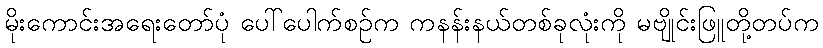
မိုးကောင်းအရေးတော်ပုံ ပေါ်ပေါက်စဉ်က ကနန်းနယ်တစ်ခုလုံးကို မဗျိုင်းဖြူတို့တပ်က